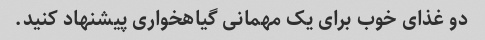
دو غذای خوب برای یک مهمانی گیاهخواری پیشنهاد کنید.